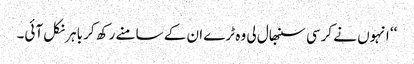
‘‘ انہوں نے کرسی سنبھال لی وہ ٹرے ان کے سامنے رکھ کر باہر نکل آئی۔